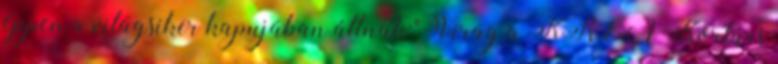
éppen a világsiker kapujában állnak:" Virág a KREA Kortárs